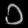
Digit: ၁